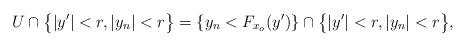
LaTeX: \begin{align*} U\cap \big\{ |y'|<r, |y_n|<r \big\} = \{y_n< F_{x_o}(y')\} \cap\big\{|y'|<r, |y_n|<r \big\}, \end{align*}